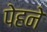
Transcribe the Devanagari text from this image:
पेहने